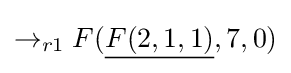
\rightarrow _{r1}F({\underline {F(2,1,1)}},7,0)